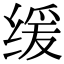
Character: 缓